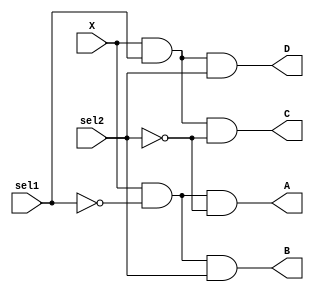
module demux(X,sel1,sel2,A,B,C,D);
input X,sel1,sel2;
output A,B,C,D;

assign A = X & ~sel1 & ~sel2;
assign B = X & ~sel1 & sel2;
assign C = X & sel1 & ~sel2;
assign D = X & sel1 & sel2;

endmodule